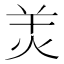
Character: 𤇇